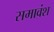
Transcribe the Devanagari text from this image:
समावंश